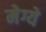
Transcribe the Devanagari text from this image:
मेग्ये